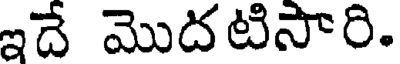
ఇదే మొదటిసారి.